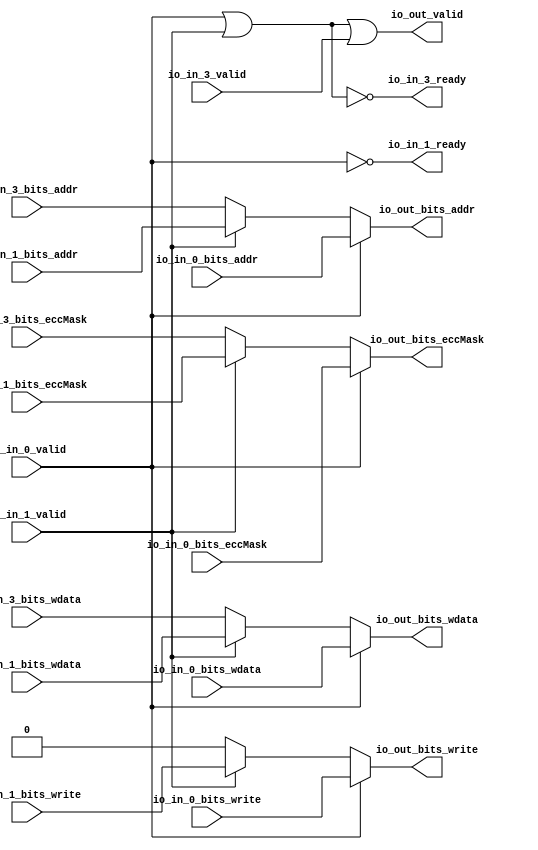
module DCacheModuleanon3( // @[:freechips.rocketchip.system.TinyConfig.fir@103149.2]
  input         io_in_0_valid, // @[:freechips.rocketchip.system.TinyConfig.fir@103152.4]
  input  [7:0]  io_in_0_bits_addr, // @[:freechips.rocketchip.system.TinyConfig.fir@103152.4]
  input         io_in_0_bits_write, // @[:freechips.rocketchip.system.TinyConfig.fir@103152.4]
  input  [31:0] io_in_0_bits_wdata, // @[:freechips.rocketchip.system.TinyConfig.fir@103152.4]
  input  [3:0]  io_in_0_bits_eccMask, // @[:freechips.rocketchip.system.TinyConfig.fir@103152.4]
  output        io_in_1_ready, // @[:freechips.rocketchip.system.TinyConfig.fir@103152.4]
  input         io_in_1_valid, // @[:freechips.rocketchip.system.TinyConfig.fir@103152.4]
  input  [7:0]  io_in_1_bits_addr, // @[:freechips.rocketchip.system.TinyConfig.fir@103152.4]
  input         io_in_1_bits_write, // @[:freechips.rocketchip.system.TinyConfig.fir@103152.4]
  input  [31:0] io_in_1_bits_wdata, // @[:freechips.rocketchip.system.TinyConfig.fir@103152.4]
  input  [3:0]  io_in_1_bits_eccMask, // @[:freechips.rocketchip.system.TinyConfig.fir@103152.4]
  output        io_in_3_ready, // @[:freechips.rocketchip.system.TinyConfig.fir@103152.4]
  input         io_in_3_valid, // @[:freechips.rocketchip.system.TinyConfig.fir@103152.4]
  input  [7:0]  io_in_3_bits_addr, // @[:freechips.rocketchip.system.TinyConfig.fir@103152.4]
  input  [31:0] io_in_3_bits_wdata, // @[:freechips.rocketchip.system.TinyConfig.fir@103152.4]
  input  [3:0]  io_in_3_bits_eccMask, // @[:freechips.rocketchip.system.TinyConfig.fir@103152.4]
  output        io_out_valid, // @[:freechips.rocketchip.system.TinyConfig.fir@103152.4]
  output [7:0]  io_out_bits_addr, // @[:freechips.rocketchip.system.TinyConfig.fir@103152.4]
  output        io_out_bits_write, // @[:freechips.rocketchip.system.TinyConfig.fir@103152.4]
  output [31:0] io_out_bits_wdata, // @[:freechips.rocketchip.system.TinyConfig.fir@103152.4]
  output [3:0]  io_out_bits_eccMask // @[:freechips.rocketchip.system.TinyConfig.fir@103152.4]
);
  wire [3:0] _GEN_9; // @[Arbiter.scala 126:27:freechips.rocketchip.system.TinyConfig.fir@103170.4]
  wire [31:0] _GEN_11; // @[Arbiter.scala 126:27:freechips.rocketchip.system.TinyConfig.fir@103170.4]
  wire  _GEN_12; // @[Arbiter.scala 126:27:freechips.rocketchip.system.TinyConfig.fir@103170.4]
  wire [7:0] _GEN_13; // @[Arbiter.scala 126:27:freechips.rocketchip.system.TinyConfig.fir@103170.4]
  wire  _T; // @[Arbiter.scala 31:68:freechips.rocketchip.system.TinyConfig.fir@103188.4]
  wire  _T_3; // @[Arbiter.scala 31:78:freechips.rocketchip.system.TinyConfig.fir@103191.4]
  wire  _T_9; // @[Arbiter.scala 135:19:freechips.rocketchip.system.TinyConfig.fir@103201.4]
  assign _GEN_9 = io_in_1_valid ? io_in_1_bits_eccMask : io_in_3_bits_eccMask; // @[Arbiter.scala 126:27:freechips.rocketchip.system.TinyConfig.fir@103170.4]
  assign _GEN_11 = io_in_1_valid ? io_in_1_bits_wdata : io_in_3_bits_wdata; // @[Arbiter.scala 126:27:freechips.rocketchip.system.TinyConfig.fir@103170.4]
  assign _GEN_12 = io_in_1_valid ? io_in_1_bits_write : 1'h0; // @[Arbiter.scala 126:27:freechips.rocketchip.system.TinyConfig.fir@103170.4]
  assign _GEN_13 = io_in_1_valid ? io_in_1_bits_addr : io_in_3_bits_addr; // @[Arbiter.scala 126:27:freechips.rocketchip.system.TinyConfig.fir@103170.4]
  assign _T = io_in_0_valid | io_in_1_valid; // @[Arbiter.scala 31:68:freechips.rocketchip.system.TinyConfig.fir@103188.4]
  assign _T_3 = _T == 1'h0; // @[Arbiter.scala 31:78:freechips.rocketchip.system.TinyConfig.fir@103191.4]
  assign _T_9 = _T_3 == 1'h0; // @[Arbiter.scala 135:19:freechips.rocketchip.system.TinyConfig.fir@103201.4]
  assign io_in_1_ready = io_in_0_valid == 1'h0; // @[Arbiter.scala 134:14:freechips.rocketchip.system.TinyConfig.fir@103196.4]
  assign io_in_3_ready = _T == 1'h0; // @[Arbiter.scala 134:14:freechips.rocketchip.system.TinyConfig.fir@103200.4]
  assign io_out_valid = _T_9 | io_in_3_valid; // @[Arbiter.scala 135:16:freechips.rocketchip.system.TinyConfig.fir@103203.4]
  assign io_out_bits_addr = io_in_0_valid ? io_in_0_bits_addr : _GEN_13; // @[Arbiter.scala 124:15:freechips.rocketchip.system.TinyConfig.fir@103160.4 Arbiter.scala 128:19:freechips.rocketchip.system.TinyConfig.fir@103168.6 Arbiter.scala 128:19:freechips.rocketchip.system.TinyConfig.fir@103177.6 Arbiter.scala 128:19:freechips.rocketchip.system.TinyConfig.fir@103186.6]
  assign io_out_bits_write = io_in_0_valid ? io_in_0_bits_write : _GEN_12; // @[Arbiter.scala 124:15:freechips.rocketchip.system.TinyConfig.fir@103159.4 Arbiter.scala 128:19:freechips.rocketchip.system.TinyConfig.fir@103167.6 Arbiter.scala 128:19:freechips.rocketchip.system.TinyConfig.fir@103176.6 Arbiter.scala 128:19:freechips.rocketchip.system.TinyConfig.fir@103185.6]
  assign io_out_bits_wdata = io_in_0_valid ? io_in_0_bits_wdata : _GEN_11; // @[Arbiter.scala 124:15:freechips.rocketchip.system.TinyConfig.fir@103158.4 Arbiter.scala 128:19:freechips.rocketchip.system.TinyConfig.fir@103166.6 Arbiter.scala 128:19:freechips.rocketchip.system.TinyConfig.fir@103175.6 Arbiter.scala 128:19:freechips.rocketchip.system.TinyConfig.fir@103184.6]
  assign io_out_bits_eccMask = io_in_0_valid ? io_in_0_bits_eccMask : _GEN_9; // @[Arbiter.scala 124:15:freechips.rocketchip.system.TinyConfig.fir@103156.4 Arbiter.scala 128:19:freechips.rocketchip.system.TinyConfig.fir@103164.6 Arbiter.scala 128:19:freechips.rocketchip.system.TinyConfig.fir@103173.6 Arbiter.scala 128:19:freechips.rocketchip.system.TinyConfig.fir@103182.6]
endmodule